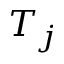
T _ { j }